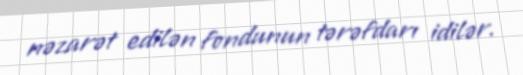
nəzarət edilən fondunun tərəfdarı idilər.